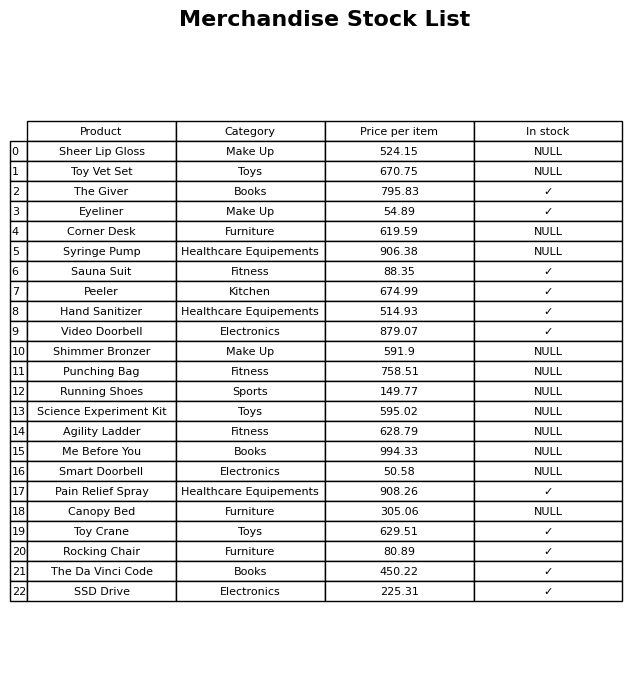
question: What is the price for Video Doorbell?
answer: The price of Video Doorbell is 879.07.